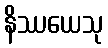
နိဿယေသု